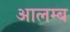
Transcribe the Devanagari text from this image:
आलम्ब